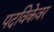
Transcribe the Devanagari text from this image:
पदविकेवर